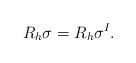
LaTeX: \begin{align*}R_h\mathbf\sigma = R_h\mathbf\sigma^I.\end{align*}